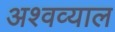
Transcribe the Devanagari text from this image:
अश्वव्याल